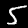
Digit: 5